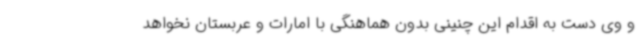
و وی دست به اقدام این چنینی بدون هماهنگی با امارات و عربستان نخواهد